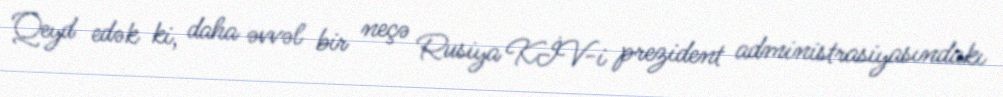
Qeyd edək ki, daha əvvəl bir neçə Rusiya KİV-i prezident administrasiyasındakı